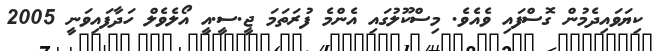
ކިޔަވައިދެމުން ގޮސްފައި ވެއެވެ. މިސްކޫލުގައި އެންމެ ފުރަތަމަ ޖީ.ސީ.އީ އޯލެވެލް ހަދާފައިވަނީ 2005